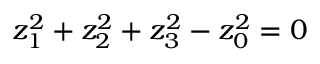
z _ { 1 } ^ { 2 } + z _ { 2 } ^ { 2 } + z _ { 3 } ^ { 2 } - z _ { 0 } ^ { 2 } = 0